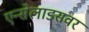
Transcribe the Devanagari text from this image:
एन्सेलाडसवर